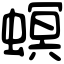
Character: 螟